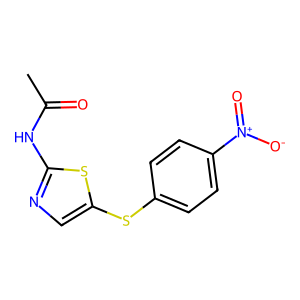
SMILES: CC(=O)Nc1ncc(Sc2ccc([N+](=O)[O-])cc2)s1
Inhibits HIV replication: No